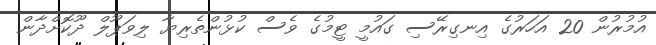
އުމުރުން 20 އަހަރުގެ އިނގިރޭސި ގައުމީ ޓީމުގެ ވެސް ކުޅުންތެރިޔާ ލިވަޕޫލް ދޫކޮށްދާން